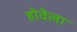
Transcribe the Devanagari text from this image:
होवेला